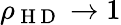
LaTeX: \rho_{\mathrm{~H~D~}}\rightarrow 1